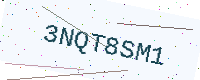
Text: 3NQT8SM1